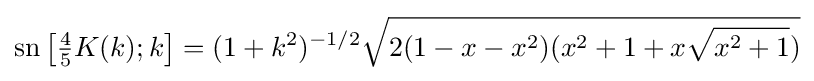
\operatorname {sn} \left[{\tfrac {4}{5}}K(k);k\right]=(1+k^{2})^{-1/2}{\sqrt {2(1-x-x^{2})(x^{2}+1+x{\sqrt {x^{2}+1}})}}